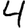
Digit: 4